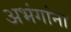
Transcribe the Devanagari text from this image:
अभंगांना